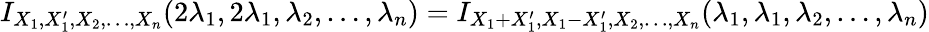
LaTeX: \begin{array}{r}{I_{X_{1},X_{1}^{\prime},X_{2},\dots,X_{n}}(2\lambda_{1},2\lambda_{1},\lambda_{2},\dots,\lambda_{n})=I_{X_{1}+X_{1}^{\prime},X_{1}-X_{1}^{\prime},X_{2},\dots,X_{n}}(\lambda_{1},\lambda_{1},\lambda_{2},\dots,\lambda_{n})}\end{array}